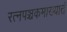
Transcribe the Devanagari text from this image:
रत्‍नपञ्चकमाख्यातं